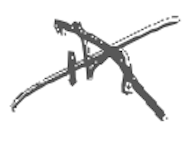
Text: in
Cross-out: cross
Writing tool: digital_gray